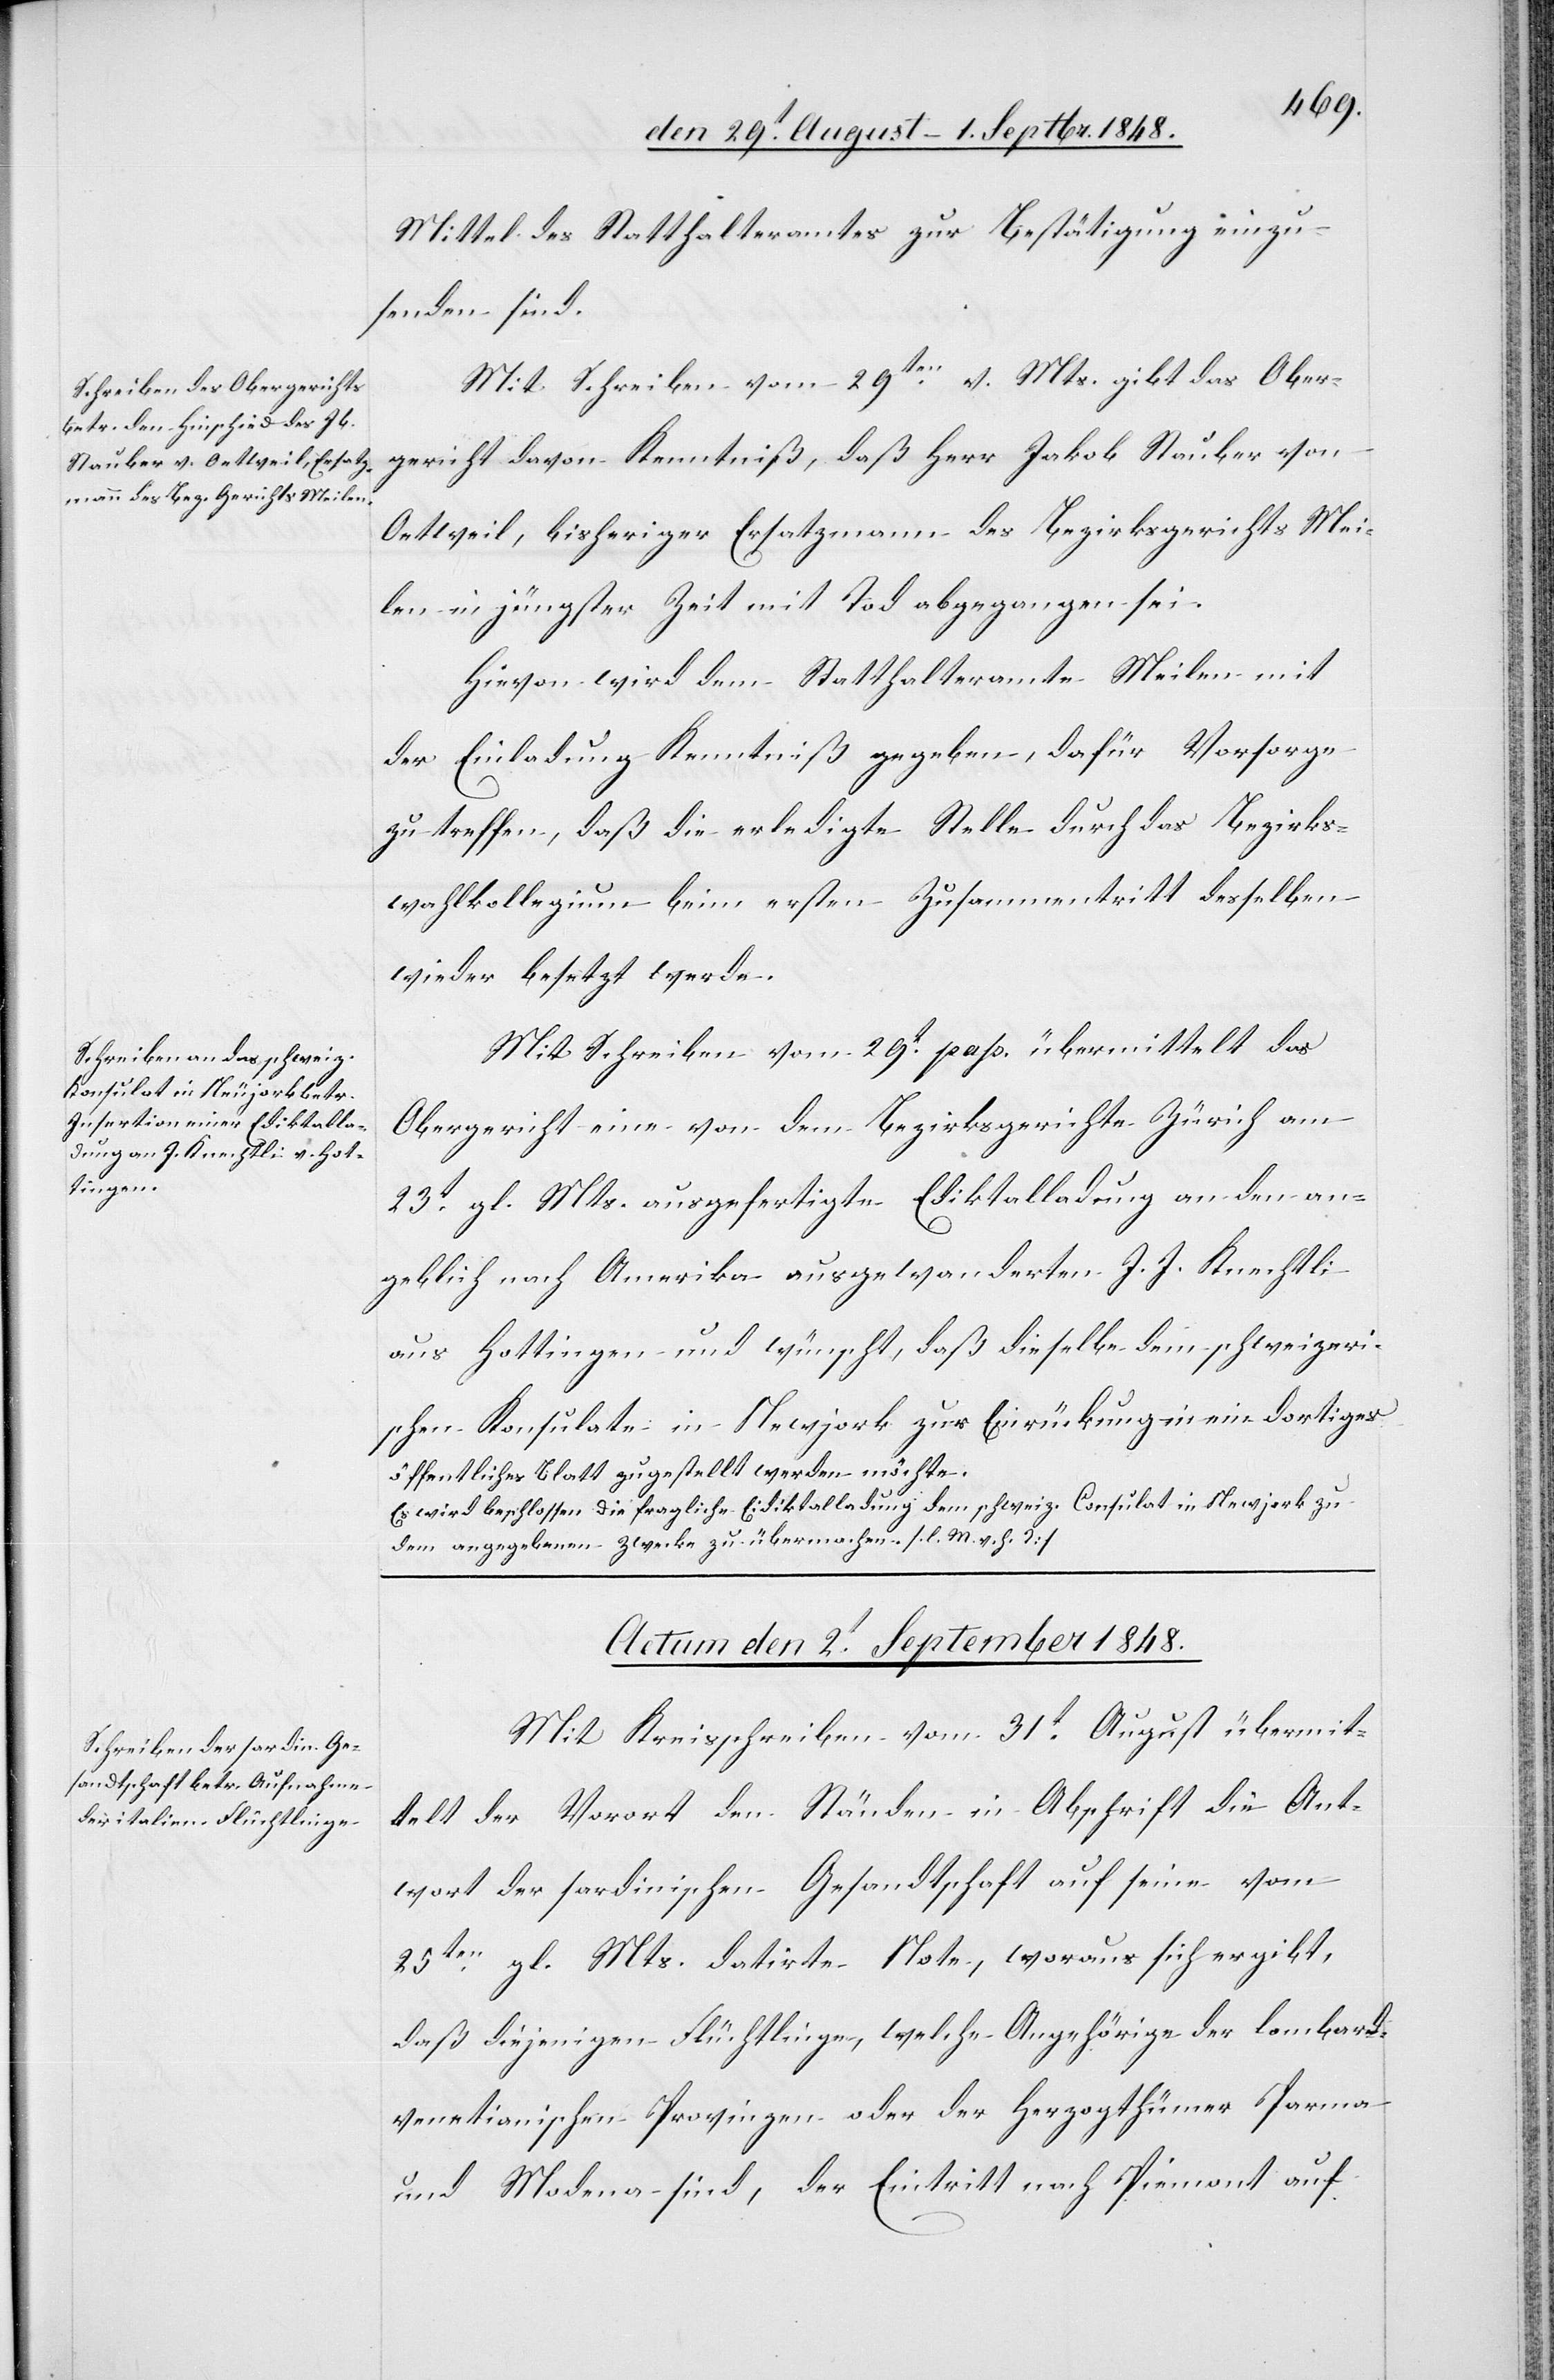
Mittel des Statthalteramtes zur Bestätigung einzu¬
senden sind.
Mit Schreiben vom 29ten v. Mts. gibt das Ober¬
gericht davon Kenntniß, daß Herr Jakob Stauber von
Oetweil, bisheriger Ersatzmann des Bezirksgerichts Mei¬
len in jüngster Zeit mit Tod abgegangen sei.
Hievon wird dem Statthalteramte Meilen mit
der Einladung Kenntniß gegeben, dafür Vorsorge
zu treffen, daß die erledigte Stelle durch das Bezirks¬
wahlkollegium beim ersten Zusammentritt desselben
wieder besetzt werde.
Mit Schreiben vom 29t pass. übermittelt das
Obergericht eine von dem Bezirksgerichte Zürich am
23t gl. Mts. ausgefertigte Ediktalladung an den an¬
geblich nach Amerika ausgewanderten J. J. Knechtli
aus Hottingen und wünscht, daß dieselbe dem schweizeri¬
schen Konsulate in Newjork zur Einrückung in ein dortiges
öffentliches Blatt zugesellt werden möchte.
Es wird beschlossen die fragliche Ediktalladung dem schweiz. Consulat in Newjork zu
dem angegebenen Zwecke zu übermachen. [l. M. v. h. T]
Actum den 2t. September 1848.
Mit Kreisschreiben vom 31t August übermit¬
telt der Vorort den Ständen in Abschrift die Ant¬
wort der sardinischen Gesandtschaft auf seine vom
25ten gl. Mts. datirte Note, woraus sich ergibt,
daß diejenigen Flüchtlinge, welche Angehörige der lombard-v¬
enetianischen Provinzen oder der Herzogthümer Parma
und Modena sind, der Eintritt nach Piemont auf